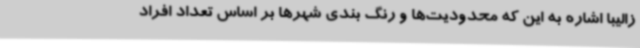
زالیبا اشاره به این که محدودیت‌ها و رنگ بندی شهرها بر اساس تعداد افراد